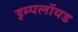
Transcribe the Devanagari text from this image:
इम्पलॉयड